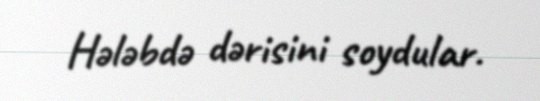
Hələbdə dərisini soydular.